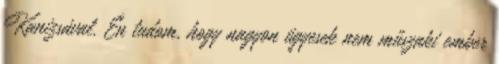
Kanizsával. Én tudom, hogy nagyon ügyesek nem műszaki ember